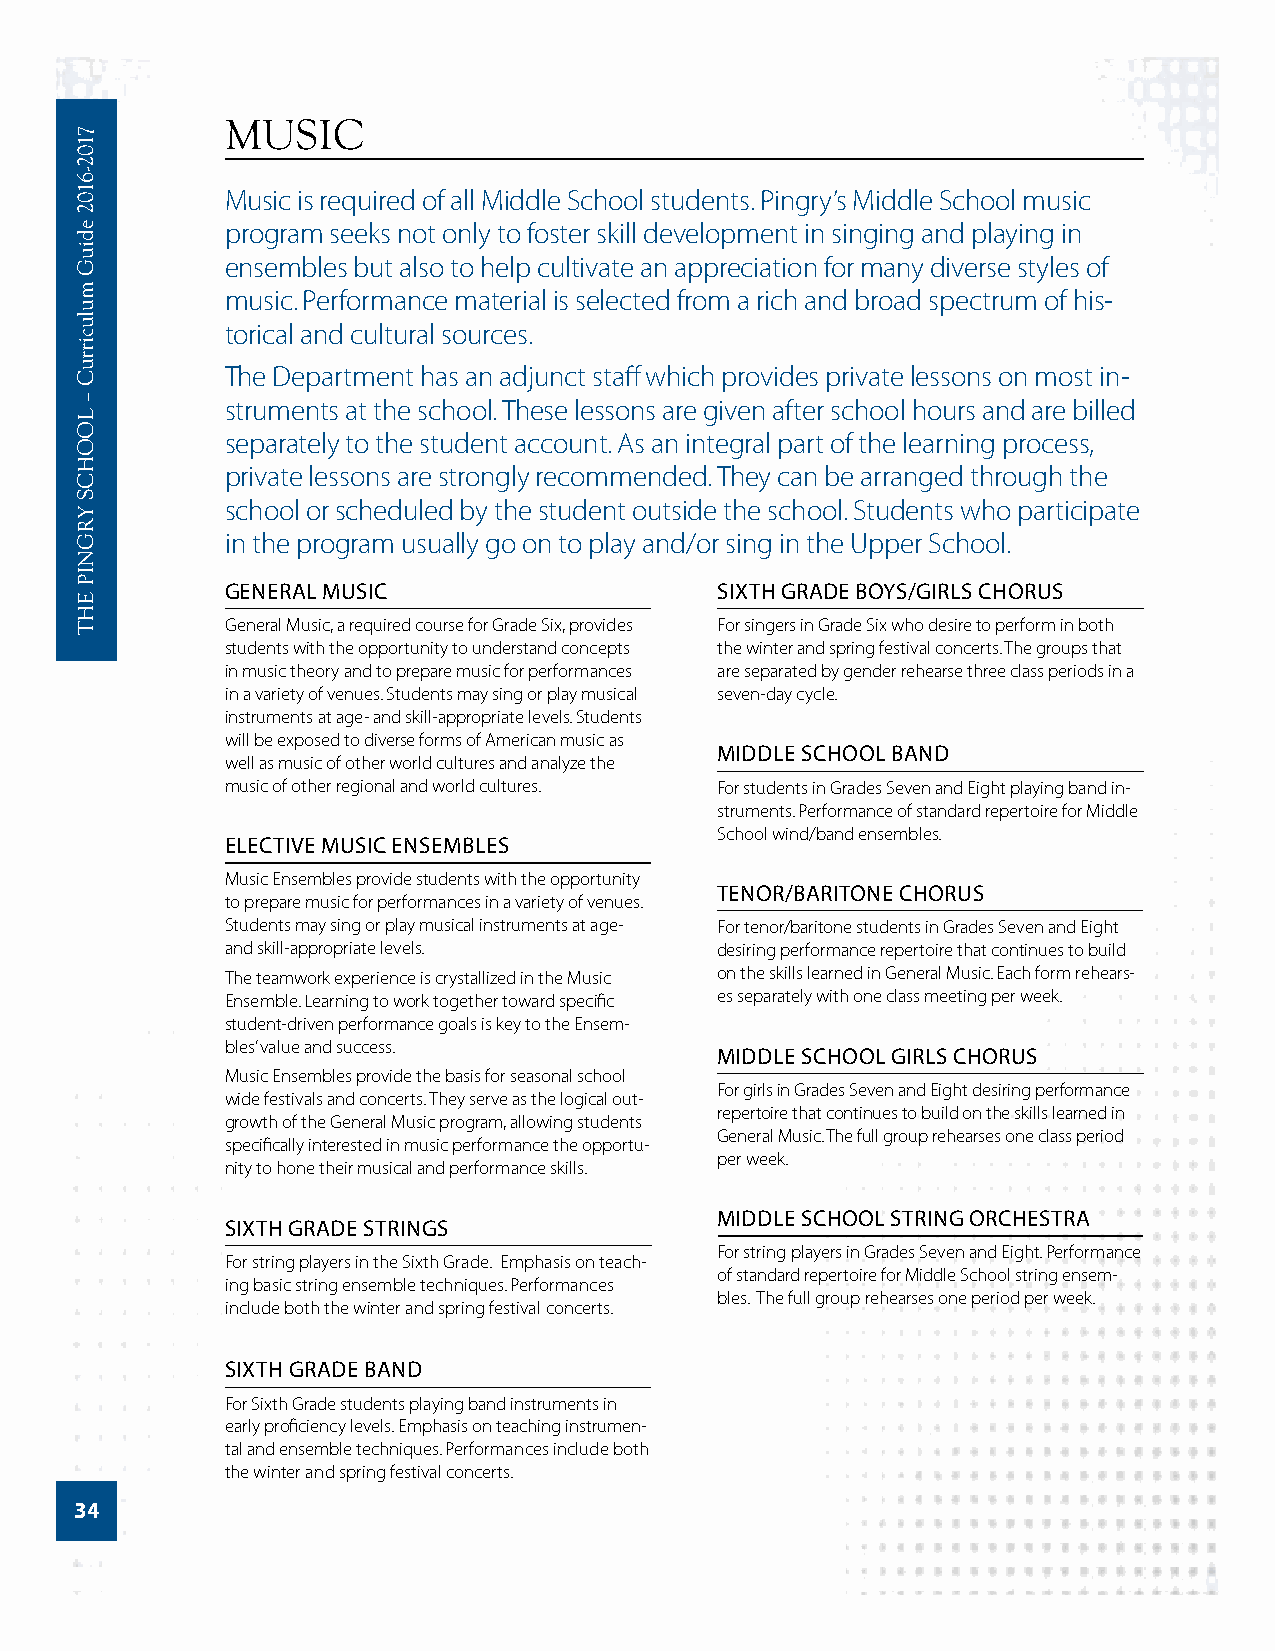
MUSIC
 Music is required of all Middle School students. Pingry’s Middle School music
 program seeks not only to foster skill development in singing and playing in
 ensembles but also to help cultivate an appreciation for many diverse styles of
 music. Performance material is selected from a rich and broad spectrum of his-
 torical and cultural sources.
 The Department has an adjunct staff which provides private lessons on most in-
 struments at the school. These lessons are given after school hours and are billed
 separately to the student account. As an integral part of the learning process,
 private lessons are strongly recommended. They can be arranged through the
 school or scheduled by the student outside the school. Students who participate
 in the program usually go on to play and/or sing in the Upper School.
 GENERAL MUSIC                   SIXTH GRADE BOYS/GIRLS CHORUS
 General Music, a required course for Grade Six, provides For singers in Grade Six who desire to perform in both
 students with the opportunity to understand concepts the winter and spring festival concerts. The groups that
 in music theory and to prepare music for performances are separated by gender rehearse three class periods in a
 in a variety of venues. Students may sing or play musical seven-day cycle.
 instruments at age- and skill-appropriate levels. Students
 will be exposed to diverse forms of American music as
 MIDDLE SCHOOL BAND
 well as music of other world cultures and analyze the
 music of other regional and world cultures. For students in Grades Seven and Eight playing band in-
 struments. Performance of standard repertoire for Middle
 School wind/band ensembles.
 ELECTIVE MUSIC ENSEMBLES
 Music Ensembles provide students with the opportunity
 TENOR/BARITONE CHORUS
 to prepare music for performances in a variety of venues.
 Students may sing or play musical instruments at age- For tenor/baritone students in Grades Seven and Eight
 and skill-appropriate levels.   desiring performance repertoire that continues to build
 The teamwork experience is crystallized in the Music on the skills learned in General Music. Each form rehears-
 Ensemble. Learning to work together toward specific es separately with one class meeting per week.
 student-driven performance goals is key to the Ensem-
 bles’ value and success.
 MIDDLE SCHOOL GIRLS CHORUS
 Music Ensembles provide the basis for seasonal school
 For girls in Grades Seven and Eight desiring performance
 wide festivals and concerts. They serve as the logical out-
 repertoire that continues to build on the skills learned in
 growth of the General Music program, allowing students
 General Music. The full group rehearses one class period
 specifically interested in music performance the opportu-
 per week.
 nity to hone their musical and performance skills.
 MIDDLE SCHOOL STRING ORCHESTRA
 SIXTH GRADE STRINGS
 For string players in Grades Seven and Eight. Performance
 For string players in the Sixth Grade. Emphasis on teach-
 of standard repertoire for Middle School string ensem-
 ing basic string ensemble techniques. Performances
 bles. The full group rehearses one period per week.
 include both the winter and spring festival concerts.
 SIXTH GRADE BAND
 For Sixth Grade students playing band instruments in
 early proficiency levels. Emphasis on teaching instrumen-
 tal and ensemble techniques. Performances include both
 the winter and spring festival concerts.
 34
 7102-­6102
 ediuG
 mulucirruC
 –
 LOOHCS
 YRGNIP
 EHT